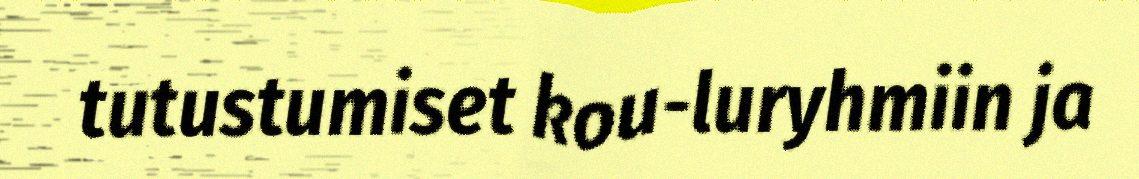
tutustumiset kou-luryhmiin ja